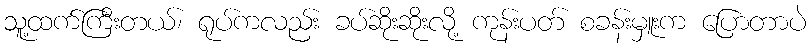
သူ့ထက်ကြီးတယ်၊ ရုပ်ကလည်း ခပ်ဆိုးဆိုးလို့ ကုန်းပတ် စခန်းမှူးက ပြောတာပဲ